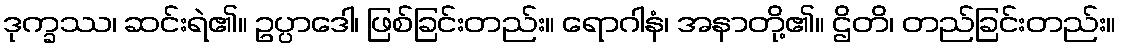
ဒုက္ခဿ၊ ဆင်းရဲ၏။ ဥပ္ပာဒေါ၊ ဖြစ်ခြင်းတည်း။ ရောဂါနံ၊ အနာတို့၏။ ဌိတိ၊ တည်ခြင်းတည်း။